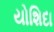
યોશિદા